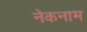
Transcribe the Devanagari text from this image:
नेकनाम